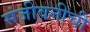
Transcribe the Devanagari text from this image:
संजीवनीची